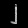
Digit: ၂